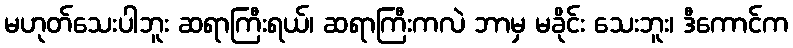
မဟုတ်သေးပါဘူး ဆရာကြီးရယ်၊ ဆရာကြီးကလဲ ဘာမှ မခိုင်း သေးဘူး၊ ဒီကောင်က